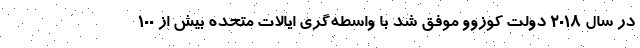
در سال 2018 دولت کوزوو موفق شد با واسطه‌گری ایالات متحده بیش از 100